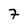
Character: 7